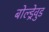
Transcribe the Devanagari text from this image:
बोल्ड्रेवुड